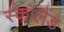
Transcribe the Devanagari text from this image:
स्काॅलैंड